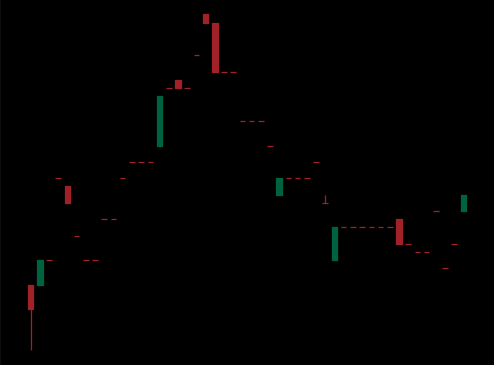
Pattern: head_shoulders